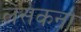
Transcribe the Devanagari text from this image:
लेसकना